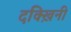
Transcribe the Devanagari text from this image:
दक्ख़िनी